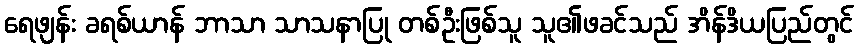
ရေဖျန်း ခရစ်ယာန် ဘာသာ သာသနာပြု တစ်ဦးဖြစ်သူ သူ၏ဖခင်သည် အိန်ဒိယပြည်တွင်